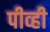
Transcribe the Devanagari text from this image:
पीव्ही